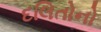
દલિતોનો